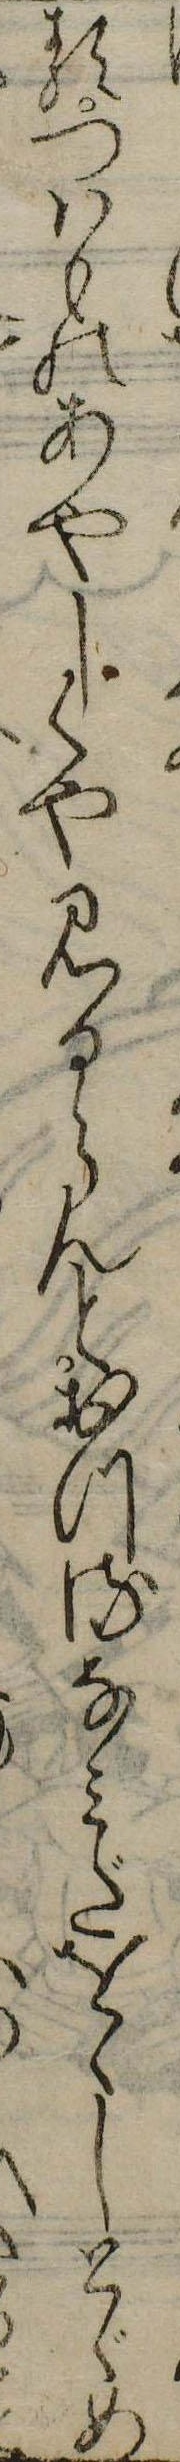
るつはものあやしくや見るらんとおつるなみだをゝしとゞめ